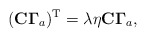
\begin{align*}({\bf C\Gamma }_{a})^{\rm{T}}=\lambda \eta {\bf C\Gamma }_{a},\end{align*}